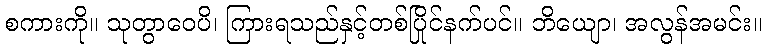
စကားကို။ သုတွာဝေပိ၊ ကြားရသည်နှင့်တစ်ပြိုင်နက်ပင်။ ဘိယျော၊ အလွန်အမင်း။